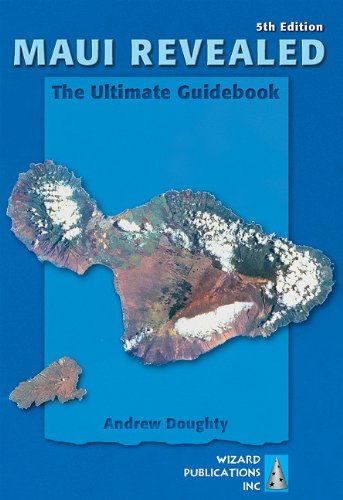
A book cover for Maui Revealed: The Ultimate Guidebook; Andrew Doughty; Travel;